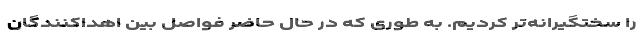
را سختگیرانه‌تر کردیم. به طوری که در حال حاضر فواصل بین اهداکنندگان